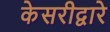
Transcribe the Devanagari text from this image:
केसरीद्वारे